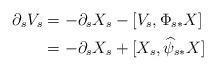
LaTeX: \begin{align*} \partial_s V_s &= -\partial_s X_s -[V_s, \Phi_{s*}X]\\ &= -\partial_s X_s +[X_s, \widehat\psi_{s*}X]\end{align*}